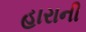
હારાની